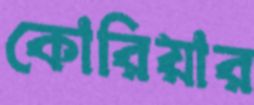
কোরিয়ার